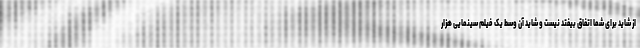
از شاید برای شما اتفاق بیفتد نیست و شاید آن وسط یک فیلم سینمایی هزار